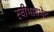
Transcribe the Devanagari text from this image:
स्वीभावभेद